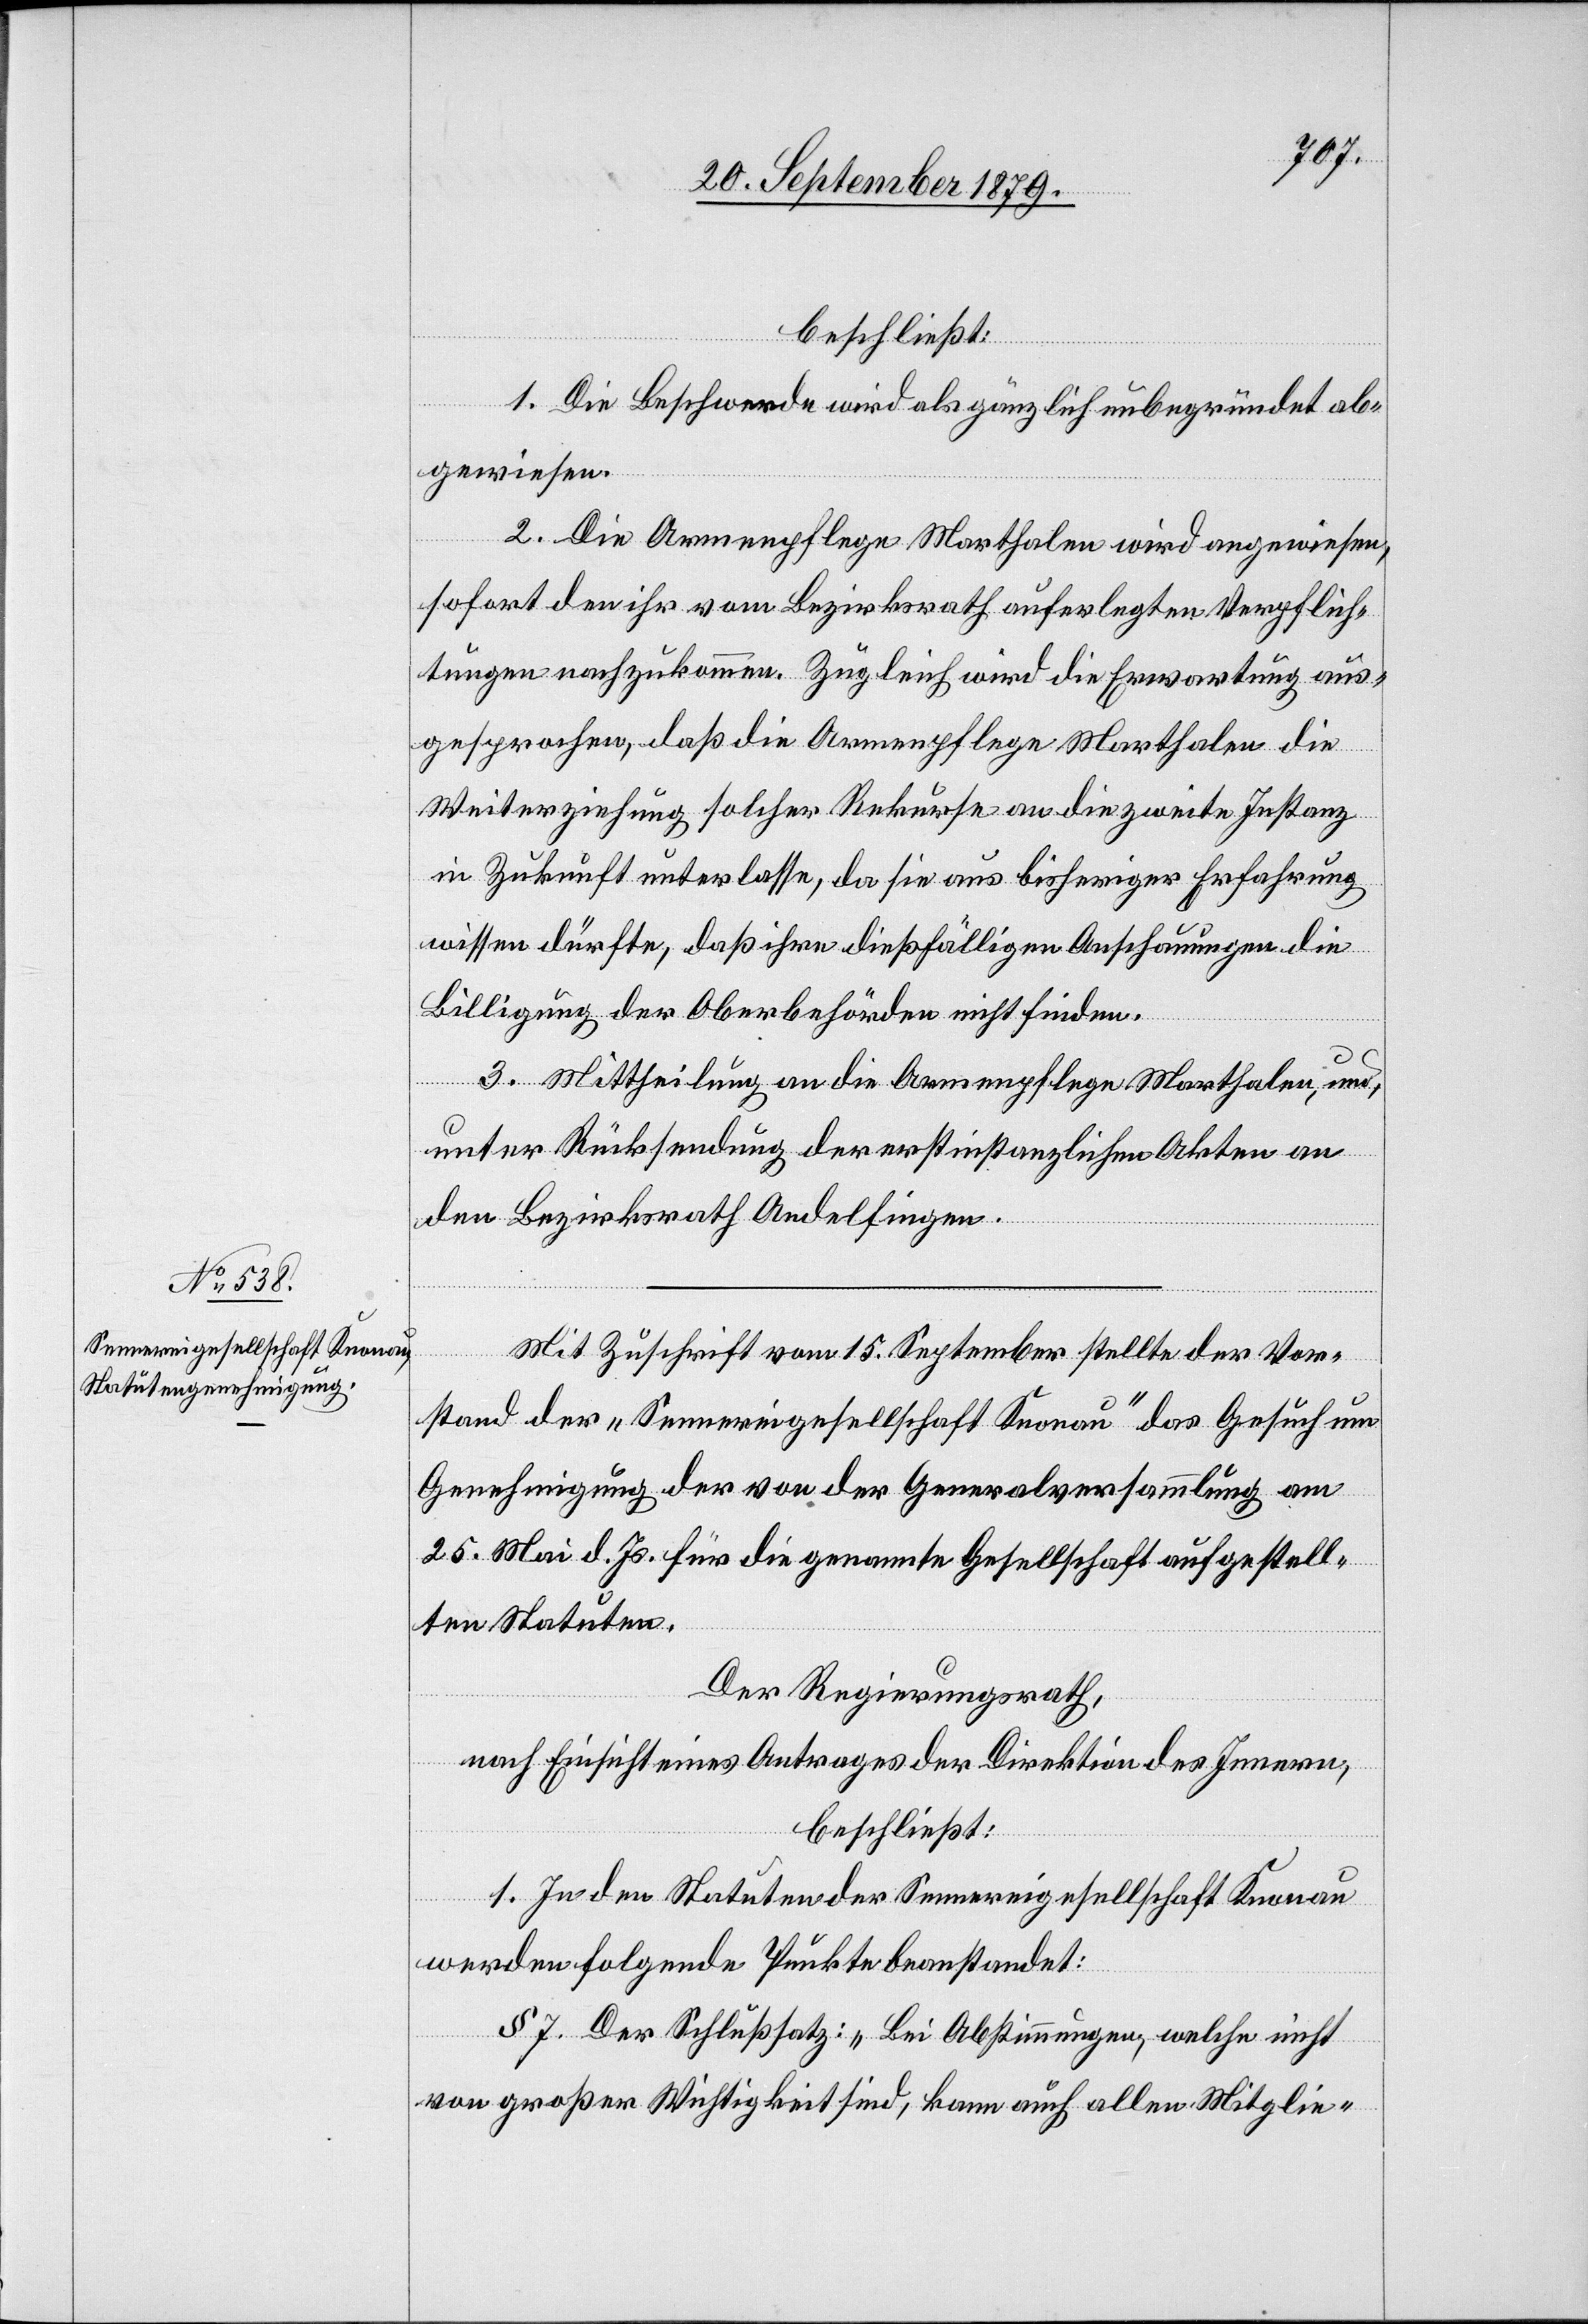
beschließt:
1. Die Beschwerde wird als gänzlich unbegründet ab¬
gewiesen.
2. Die Armenpflege Marthalen wird angewiesen,
sofort den ihr vom Bezirksrath auferlegten Verpflich¬
tungen nachzukommen. Zugleich wird die Erwartung aus¬
gesprochen, daß die Armenpflege Marthalen die
Weiterziehung solcher Rekurse an die zweite Instanz
in Zukunft unterlasse, da sie aus bisheriger Erfahrung
wissen dürfte, daß ihre dießfälligen Anschauungen die
Billigung der Oberbehörde nicht finden.
3. Mittheilung an die Armenpflege Marthalen, und,
unter Rücksendung der erstinstanzlichen Akten an
den Bezirksrath Andelfingen.
Mit Zuschrift vom 15. September stellte der Vor¬
stand der „Sennereigesellschaft Knonau“ das Gesuch um
Genehmigung der von der Generalversammlung am
25. Mai d. Js. für die genannte Gesellschaft aufgestell¬
ten Statuten.
Der Regierungsrath,
nach Einsicht eines Antrages der Direktion des Innern,
beschließt:
1. In den Statuten der Sennereigesellschaft Knonau
werden folgende Punkte beanstandet:
§ 7. Der Schlußsatz: „Bei Abstimmungen, welche nicht
von großer Wichtigkeit sind, kann auch allen Mitglie-